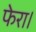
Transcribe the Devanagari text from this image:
फेरा।